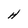
Character: H